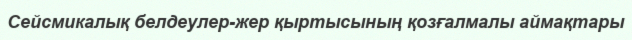
Сейсмикалық белдеулер-жер қыртысының қозғалмалы аймақтары